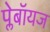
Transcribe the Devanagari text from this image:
प्लेबॉयज